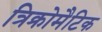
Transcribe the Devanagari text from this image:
त्रिक्रोमैटिक